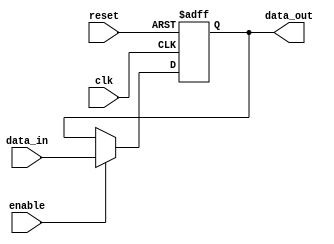
module output_register #(
    parameter DATA_WIDTH = 8 // Parameter to define data width
)(
    input wire clk,           // Clock input
    input wire reset,         // Asynchronous reset input
    input wire enable,        // Enable signal
    input wire [DATA_WIDTH-1:0] data_in, // Data input
    output reg [DATA_WIDTH-1:0] data_out // Data output
);

    // Asynchronous reset functionality
    always @(posedge clk or posedge reset) begin
        if (reset) begin
            data_out <= {DATA_WIDTH{1'b0}}; // Clear output to zero
        end else if (enable) begin
            data_out <= data_in; // Update output with input data
        end
        // If enable is low, data_out remains unchanged
    end

endmodule